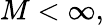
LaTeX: M<\infty,